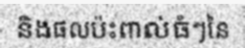
និងផលប៉ះពាល់ធំៗនៃ